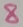
Text: 8